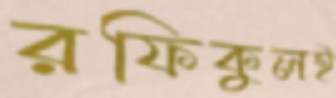
রফিকুলই